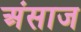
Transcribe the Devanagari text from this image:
अंसाज